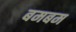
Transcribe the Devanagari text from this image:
बमबम